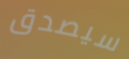
سيصدق